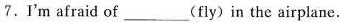
7.I'm afraid of___(fly)in the airplane.